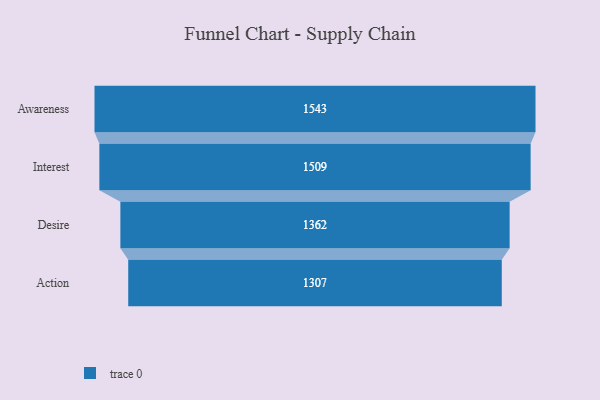
{"axis": {"x": "Stage", "y": "Value"}, "legend": [""], "data": [{"x": "Awareness", "y": 1543.0, "type": ""}, {"x": "Interest", "y": 1509.0, "type": ""}, {"x": "Desire", "y": 1362.0, "type": ""}, {"x": "Action", "y": 1307.0, "type": ""}]}